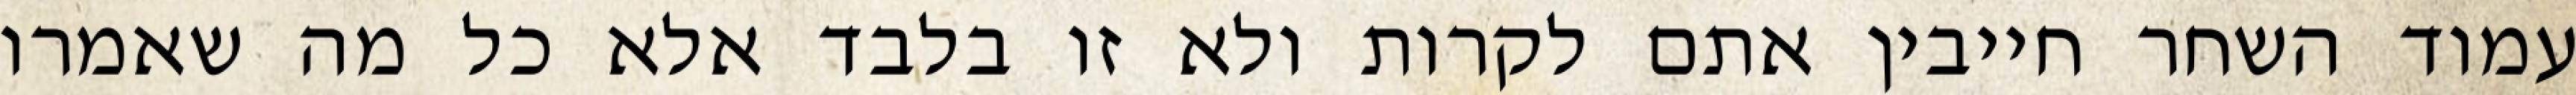
עמוד השחר חייבין אתם לקרות ולא זו בלבד אלא כל מה שאמרו